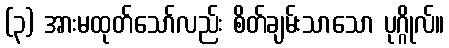
(၃) အားမထုတ်သော်လည်း စိတ်ချမ်းသာသော ပုဂ္ဂိုလ်။